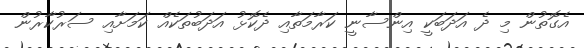
އެގޮތުން މި ދެ އަދަބަކީ އިންސާނީ ކަރާމަތާއި ދެކޮޅު އަދަބުތަކެއް ކަމަށާއި ސަރުކާރުން